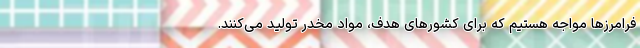
فرامرزها مواجه هستیم که برای کشورهای هدف، مواد مخدر تولید می‌کنند.